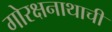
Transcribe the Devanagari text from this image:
गोरक्षनाथाची